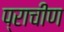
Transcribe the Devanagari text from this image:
प्राचीण